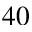
4 0